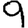
Digit: 9